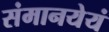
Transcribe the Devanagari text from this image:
संमानयेयं